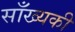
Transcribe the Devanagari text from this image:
साँख्यकी